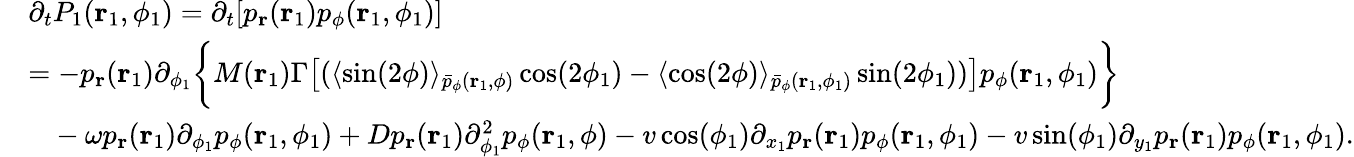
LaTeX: \begin{array}{rl}&{\partial_{t}P_{1}(\mathbf{r}_{1},\phi_{1})=\partial_{t}[p_{\mathbf{r}}(\mathbf{r}_{1})p_{\phi}(\mathbf{r}_{1},\phi_{1})]}\\ &{=-p_{\mathbf{r}}(\mathbf{r}_{1})\partial_{\phi_{1}}\bigg\{ M(\mathbf{r}_{1})\Gamma\big[(\langle\sin(2\phi)\rangle_{\bar{p}_{\phi}(\mathbf{r}_{1},\phi)}\cos(2\phi_{1})-\langle\cos(2\phi)\rangle_{\bar{p}_{\phi}(\mathbf{r}_{1},\phi_{1})}\sin(2\phi_{1}))\big]p_{\phi}(\mathbf{r}_{1},\phi_{1})\bigg\} }\\ &{\phantom{=}-\omega p_{\mathbf{r}}(\mathbf{r}_{1})\partial_{\phi_{1}}p_{\phi}(\mathbf{r}_{1},\phi_{1})+Dp_{\mathbf{r}}(\mathbf{r}_{1})\partial_{\phi_{1}}^{2}p_{\phi}(\mathbf{r}_{1},\phi)-v\cos(\phi_{1})\partial_{x_{1}}p_{\mathbf{r}}(\mathbf{r}_{1})p_{\phi}(\mathbf{r}_{1},\phi_{1})-v\sin(\phi_{1})\partial_{y_{1}}p_{\mathbf{r}}(\mathbf{r}_{1})p_{\phi}(\mathbf{r}_{1},\phi_{1}).}\end{array}